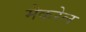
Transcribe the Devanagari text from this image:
मैकरेल